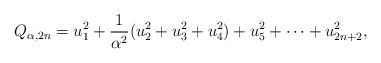
LaTeX: \begin{align*}Q_{\alpha,2n} = u_1^2 + \frac{1}{\alpha^2} (u_2^2 + u_3^2 +u_4^2) + u_5^2 + \cdots + u_{2n+2}^2, \end{align*}